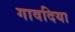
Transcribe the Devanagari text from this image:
गावदिया